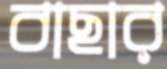
বাছার